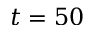
t = 5 0